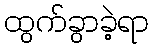
ထွက်ခွာခဲ့ရာ